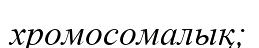
хромосомалық;